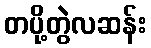
တပို့တွဲလဆန်း